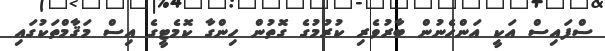
ސްފައިސް އަކީ އަންހެނުން ބާރުވެރި ކުރުމުގެ ގޮތުން ހިންގާ ކޮމެޓީގެ އިސް މަޤާމްތަކުގައި